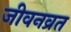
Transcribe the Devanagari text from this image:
जीवनव्रत